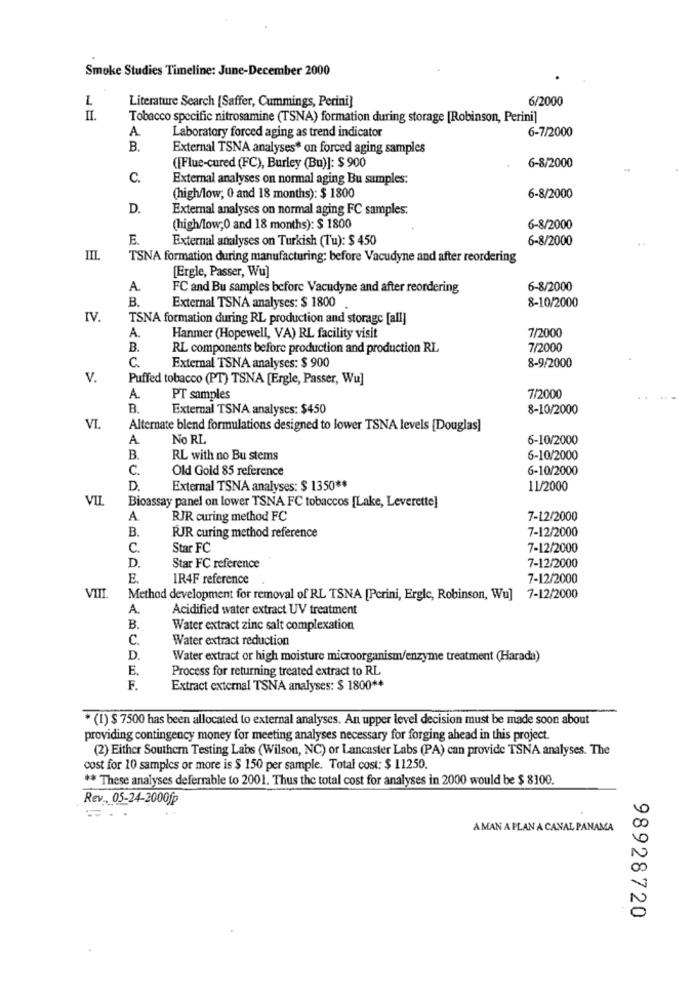
Smoke Studies Timeline: June-December 2000
L
Literature Search [Saffer, Cummings, Perini]
6/2000
II
Tobacco specific nitrosamine (TSNA) formation during storage [Robinson, Perini]
A
Laboratory forced aging as trend indicator
6-7/2000
B
External TSNA analyses* on forced aging samples
6-8/2000
([Flue-cured (FC), Burley (Bu)]: $ 900
C.
External analyses on normal aging Bu samples:
(high/low, 0 and 18 months): $ 1800
6-8/2000
D.
External analyses on normal aging FC samples:
(high/low;0 and 18 months): $ 1800
6-8/2000
E.
External analyses on Turkish (Tu): $ 450
6-8/2000
III.
TSNA formation during manufacturing: before Vacudyne and after reordering
[Ergle, Passer, Wu]
A
FC and Bu samples before Vacudyne and after reordering
6-8/2000
B.
8-10/2000
External TSNA analyses: $ 1800
IV.
TSNA formation during RL production and storage [all]
A.
7/2000
Hanmer (Hopewell, VA) RL facility visit
B.
RL components before production and production RL
7/2000
C.
8-9/2000
External TSNA analyses: $ 900
V.
Puffed tobacco (PT) TSNA [Ergle, Passer, Wu]
A.
PT samples
7/2000
B.
External TSNA analyses: $450
8-10/2000
VI.
Alternate blend formulations designed to lower TSNA levels [Douglas]
A.
No RI
6-10/2000
B.
RL with no Bu stems
6-10/2000
C.
Old Gold 85 reference
6-10/2000
External TSNA analyses: $ 1350 **
11/2000
VIL
Bioassay panel on lower TSNA FC tobaccos [Lake, Leverette]
A.
RJR curing method FC
7-12/2000
B.
7-12/2000
RJR curing method reference
C.
Star FC
7-12/2000
D.
Star FC reference
7-12/2000
E.
IR4F reference
7-12/2000
VII
Method development for removal of RL TSNA [Pcrini, Ergle, Robinson, Wu] 7-12/2000
A.
Acidified water extract UV treatment
B.
Water extract zinc salt complexation
C.
Water extract reduction
D.
Water extract or high moisture microorganism/enzyme treatment (Harada)
Process for returning treated extract to RL
F.
Extract external TSNA analyses: $ 1800 **
* (1) $ 7500 has been allocated to external analyses. An upper level decision must be made soon about
providing contingency money for meeting analyses necessary for forging ahead in this project.
(2) Either Southern Testing Labs (Wilson, NC) or Lancaster Labs (PA) can provide TSNA analyses. The
cost for 10 samples or more is $ 150 per sample. Total cost: $ 11250.
** These analyses deferrable to 2001. Thus the total cost for analyses in 2000 would be $ 8100.
Rev .. 05-24-2000fp
AMAN A PLAN A CANAL PANAMA
98928720